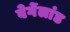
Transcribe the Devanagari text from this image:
वेर्गेलांड